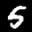
Label: 5